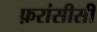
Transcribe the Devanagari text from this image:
फ़रांसीसी